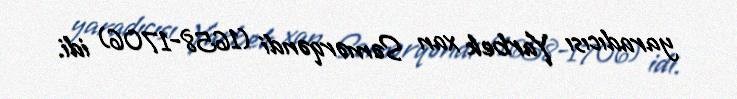
yaradıcısı Yarbek xan Səmərqəndi (1658-1706) idi.